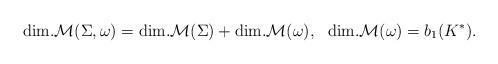
LaTeX: \begin{align*}{\rm dim.} {\cal M}(\Sigma, \omega)={\rm dim.}{\cal M}(\Sigma) +{\rm dim.} {\cal M}(\omega),{}~~{\rm dim.} {\cal M}(\omega)= b_1(K^\ast).\end{align*}